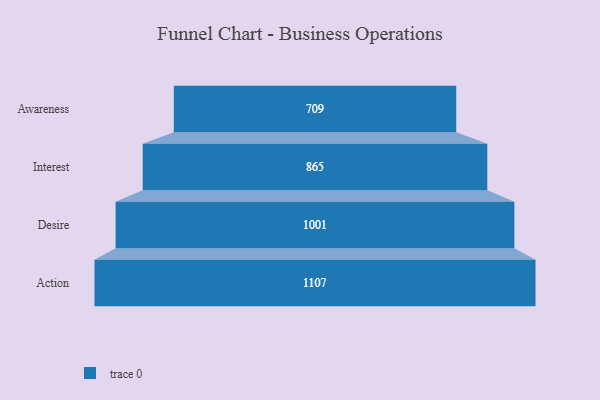
{"axis": {"x": "Stage", "y": "Value"}, "legend": [""], "data": [{"x": "Awareness", "y": 709.0, "type": ""}, {"x": "Interest", "y": 865.0, "type": ""}, {"x": "Desire", "y": 1001.0, "type": ""}, {"x": "Action", "y": 1107.0, "type": ""}]}